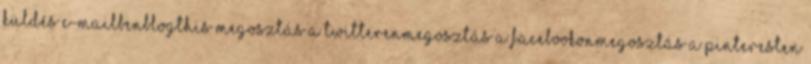
Küldés e-mailbenBlogThis Megosztás a TwitterenMegosztás a FacebookonMegosztás a Pinteresten